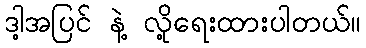
ဒါ့အပြင် နဲ့ လို့ရေးထားပါတယ်။